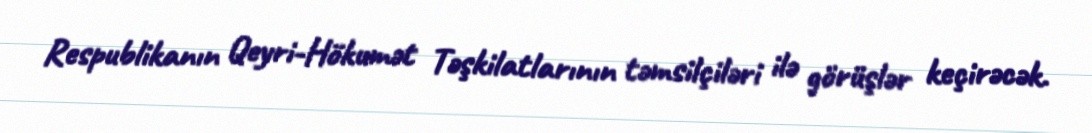
Respublikanın Qeyri-Hökumət Təşkilatlarının təmsilçiləri ilə görüşlər keçirəcək.